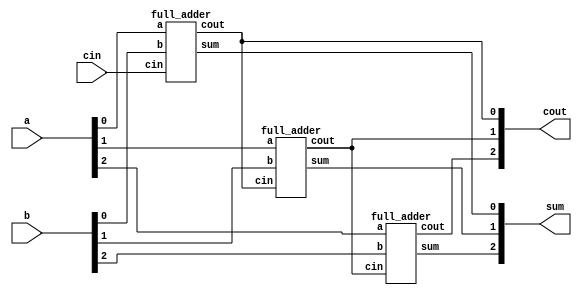
module top_module( 
    input [2:0] a, b,
    input cin,
    output [2:0] cout,
    output [2:0] sum );
    
    full_adder u1(a[0], b[0], cin, cout[0], sum[0]);
    full_adder u2(a[1], b[1], cout[0], cout[1], sum[1]);
    full_adder u3(a[2], b[2], cout[1], cout[2], sum[2]);
endmodule

module full_adder(
    input a, b, cin,
    output cout, sum);
    assign {cout, sum} = a + b + cin;
endmodule